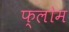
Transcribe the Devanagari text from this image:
फ्लोम